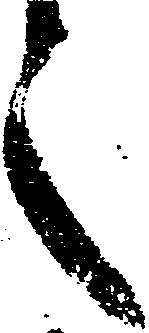
之